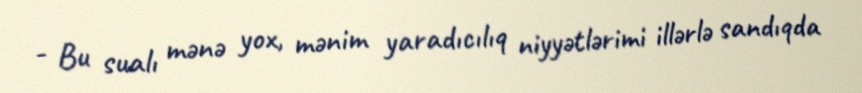
- Bu sualı mənə yox, mənim yaradıcılıq niyyətlərimi illərlə sandıqda